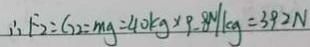
\therefore F _ { 2 } = G _ { 2 } = m g = 4 0 k g \times 9 . 8 ^ { N } / k g = 3 9 2 N